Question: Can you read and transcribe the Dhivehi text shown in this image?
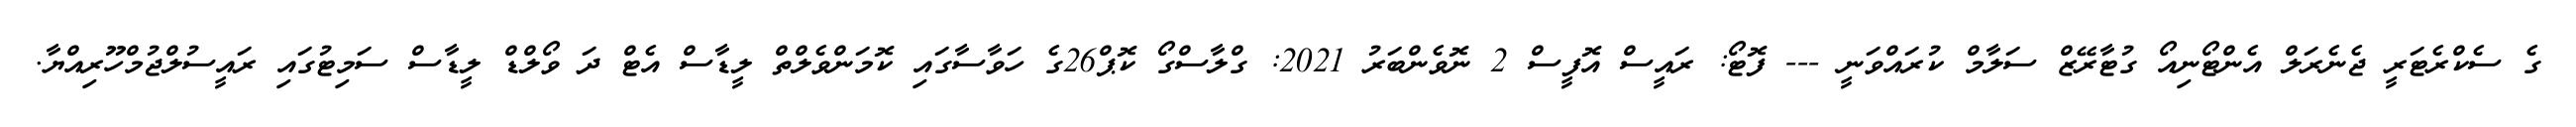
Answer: ގެ ސެކްރެޓަރީ ޖެނެރަލް އެންޓޯނިއޯ ގުޓާރޭޒް ސަލާމް ކުރައްވަނީ --- ފޮޓޯ: ރައީސް އޮފީސް 2 ނޮވެންބަރު 2021: ގްލާސްގޯ ކޮޕް26ގެ ހަވާސާގައި ކޮމަންވެލްތް ލީޑާސް އެޓް ދަ ވޯލްޑް ލީޑާސް ސަމިޓުގައި ރައީސުލްޖުމްހޫރިއްޔާ.